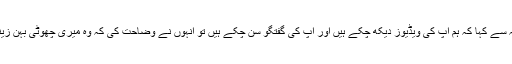
جب میں نے فاطمہ سے کہا کہ ہم آپ کی ویڈیوز دیکھ چکے ہیں اور آپ کی گفتگو سن چکے ہیں تو انہوں نے وضاحت کی کہ وہ میری چھوٹی بہن زینب کی ویڈیوز ہیں۔